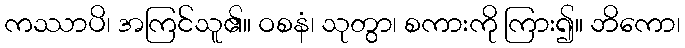
ကဿာပိ၊ အကြင်သူ၏။ ဝစနံ၊ သုတွာ၊ စကားကို ကြား၍။ ဘိကော၊